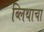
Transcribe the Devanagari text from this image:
ब्लिथाचा